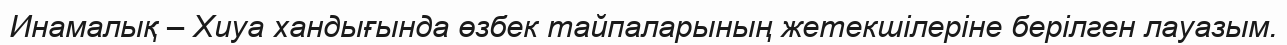
Инамалық – Хиуа хандығында өзбек тайпаларының жетекшілеріне берілген лауазым.